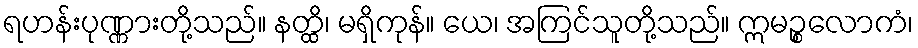
ရဟန်းပုဏ္ဏားတို့သည်။ နတ္ထိ၊ မရှိကုန်။ ယေ၊ အကြင်သူတို့သည်။ ဣမဉ္စလောကံ၊